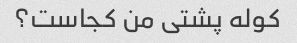
کوله پشتی من کجاست؟